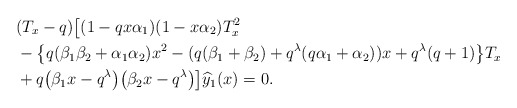
\begin{align*}& (T_x -q) \big[ (1 - q x \alpha_1) (1 - x \alpha_2) T_x^2 \\& {} - \big\{ q ( \beta_1 \beta_2 +\alpha_1 \alpha_2 ) x^2 - (q(\beta_1+\beta_2) + q^{\lambda} (q \alpha_1+\alpha_2) ) x + q^{\lambda} (q + 1) \big\} T_x \\& {} + q \big(\beta_1 x-q^{\lambda}\big) \big(\beta_2 x-q^{\lambda}\big) \big] \widehat{y}_{1}( x) =0.\end{align*}